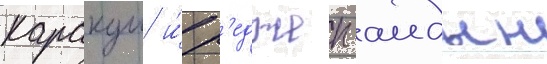
каракуш и́ р'еджеп аидын